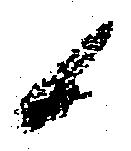
候